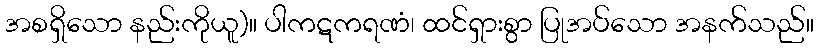
အစရှိသော နည်းကိုယူ)။ ပါကဋကရဏံ၊ ထင်ရှားစွာ ပြုအပ်သော အနက်သည်။